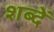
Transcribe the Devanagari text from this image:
शब्दें